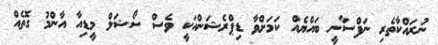
ނުރައްކާތެރި ނަފްސާނީ ބައްޔެއް ކަމަށްވާ ޑިޕްރެޝަންއަކީ ވެސް ސޯޝަލް މީޑިއާ އާންމު ގޮތެއް